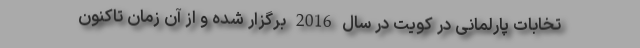
تخابات پارلمانی در کویت در سال 2016 برگزار شده و از آن زمان تاکنون